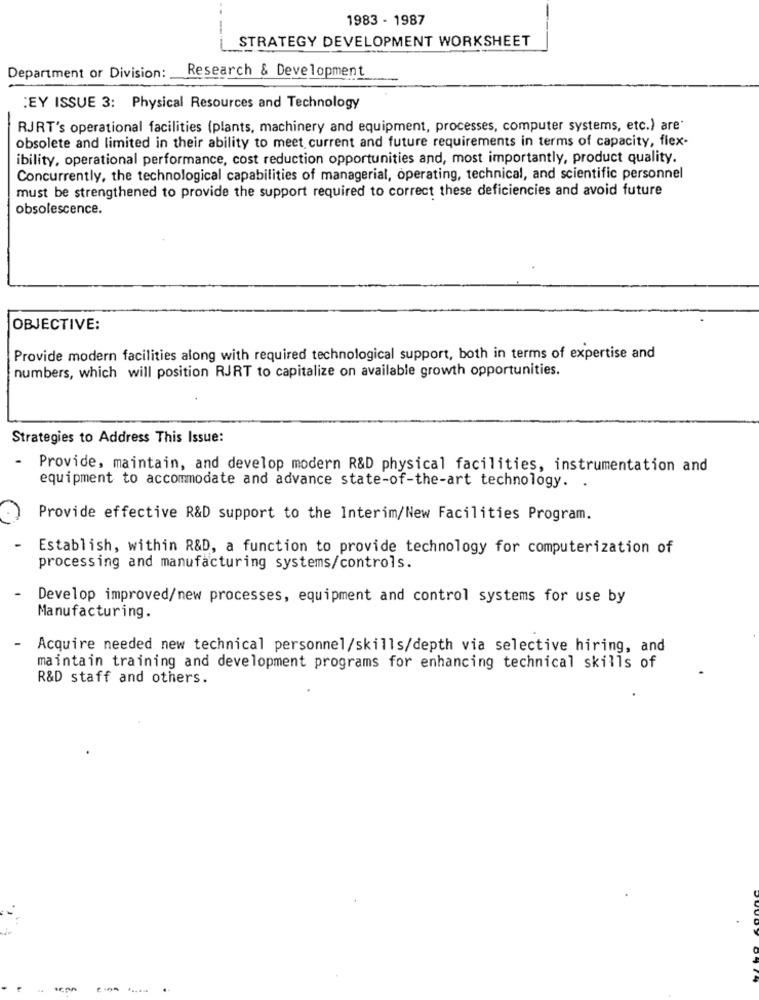
1983 - 1987
STRATEGY DEVELOPMENT WORKSHEET
Department or Division: Research & Development
EY ISSUE 3: Physical Resources and Technology
RJRT's operational facilities (plants, machinery and equipment, processes, computer systems, etc.) are'
obsolete and limited in their ability to meet current and future requirements in terms of capacity, flex-
ibility, operational performance, cost reduction opportunities and, most importantly, product quality.
Concurrently, the technological capabilities of managerial, operating, technical, and scientific personnel
must be strengthened to provide the support required to correct these deficiencies and avoid future
obsolescence.
OBJECTIVE:
Provide modern facilities along with required technological support, both in terms of expertise and
numbers, which will position RJRT to capitalize on available growth opportunities.
Strategies to Address This Issue:
-
Provide, maintain, and develop modern R&D physical facilities, instrumentation and
equipment to accommodate and advance state-of-the-art technology. .
Provide effective R&D support to the Interim/New Facilities Program.
Establish, within R&D, a function to provide technology for computerization of
processing and manufacturing systems/controls.
Develop improved/new processes, equipment and control systems for use by
Manufacturing.
Acquire needed new technical personnel/skills/depth via selective hiring, and
maintain training and development programs for enhancing technical skills of
R&D staff and others.
44